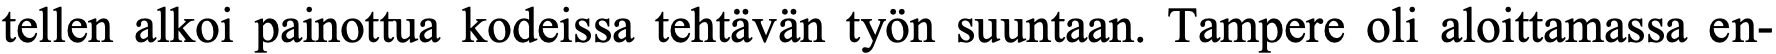
tellen alkoi painottua kodeissa tehtävän työn suuntaan. Tampere oli aloittamassa en-